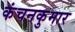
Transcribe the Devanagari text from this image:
कंचनकुमार